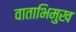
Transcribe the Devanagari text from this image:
वाताभिमुख